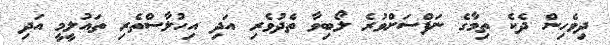
ދިވެހިން ދެކެ ތިމާގެ ނަފްސަށްވުރެ ލޯބިވާ ތެދުވެރި އަދި އިހުލާސްތެރި ތައުލީމީ އަދި